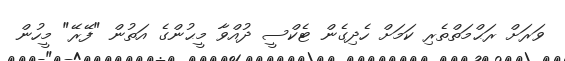
ވަރަށް ރަޙްމަތްތެރި ކަމަށް ހެދިގެން ޓެކްސީ ދުއްވާ މީޙުންގެ އަތުން "ފޭރޭ" މީހުން